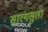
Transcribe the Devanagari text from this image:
सारंगसुता